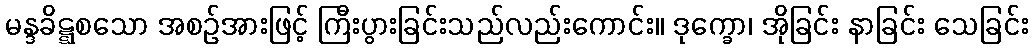
မန္ဒခိဋ္ဋစသော အစဉ်အားဖြင့် ကြီးပွားခြင်းသည်လည်းကောင်း။ ဒုက္ခော၊ အိုခြင်း နာခြင်း သေခြင်း